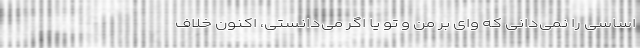
اساسی را نمی‌دانی که وای بر من و تو یا اگر می‌دانستی، اکنون خلاف